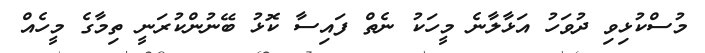
މުސްކުޅިވި ދުވަހު އަޅާލާނެ މީހަކު ނެތް ފައިސާ ކޮޅު ބޭނުންކުރަނީ ތިމާގެ މީހެއް